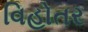
વિહોતર